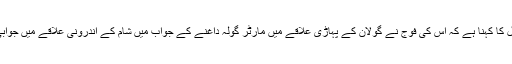
دوسری جانب اسرائیل کا کہنا ہے کہ اُس کی فوج نے گولان کے پہاڑی علاقے میں مارٹر گولہ داغنے کے جواب میں شام کے اندرونی علاقے میں جوابی کارروائی کی تھی۔